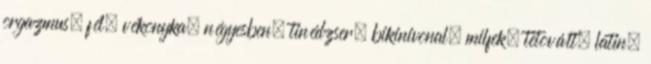
orgazmus, fél, vékonyka, négyesben, tinédzser, bikinivonal, milfek, tetovált, latin,